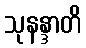
သုနန္ဒာတိ